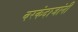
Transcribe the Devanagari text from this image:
बरकंदाजांनी